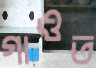
গাওত